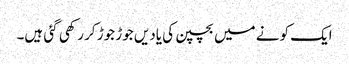
ایک کونے میں بچپن کی یادیں جوڑ جوڑ کر رکھی گئی ہیں۔